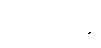
ဂေါတ္တေန